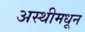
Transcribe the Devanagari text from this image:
अस्थीमधून